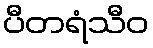
ပီတရံသီဝ